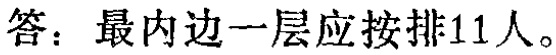
答：最内边一层应按排11人。